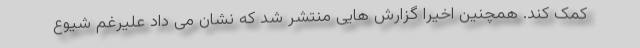
کمک کند. همچنین اخیرا گزارش هایی منتشر شد که نشان می داد علیرغم شیوع